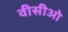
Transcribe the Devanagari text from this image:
वीसीओ